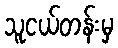
သူငယ်တန်းမှ